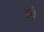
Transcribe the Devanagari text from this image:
इब्रै